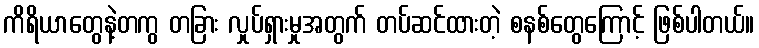
ကိရိယာတွေနဲ့တကွ တခြား လှုပ်ရှားမှုအတွက် တပ်ဆင်ထားတဲ့ စနစ်တွေကြောင့် ဖြစ်ပါတယ်။